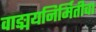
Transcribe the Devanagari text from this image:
वाङ्मयनिर्मितीचा